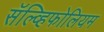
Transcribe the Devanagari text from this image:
सॅल्व्हिफोलियम